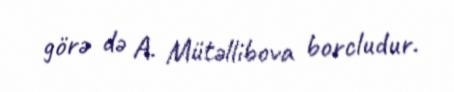
görə də A. Mütəllibova borcludur.